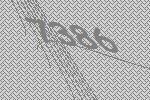
7386